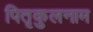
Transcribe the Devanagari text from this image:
पितृकुलनाम